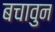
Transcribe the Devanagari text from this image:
बचावुन